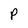
Character: P